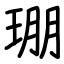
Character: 㻚